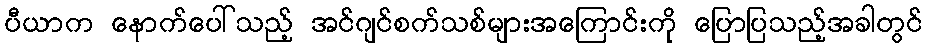
ပီယာက နောက်ပေါ်သည့် အင်ဂျင်စက်သစ်များအကြောင်းကို ပြောပြသည့်အခါတွင်